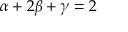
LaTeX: \alpha + 2 \beta + \gamma = 2